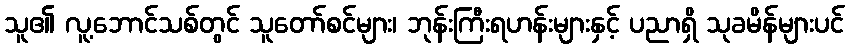
သူ၏ လူ့ဘောင်သစ်တွင် သူတော်စင်များ၊ ဘုန်းကြီးရဟန်းများနှင့် ပညာရှိ သုခမိန်များပင်